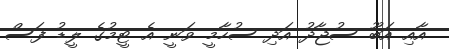
އާއި އަބޫ ސުޖާދު އަދި ސުހާމީ ވަނީ އެ ޓީމުގެ ލީޑު ފަސް